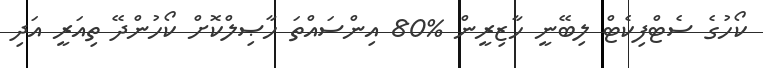
ކޯހުގެ ސެޓްފިކެޓް ލިބޭނީ ހާޒިރީން %80 އިންސައްތަ ހާޞިލްކޮށް ކޯހުންދޭ ތިއަރީ އަދި